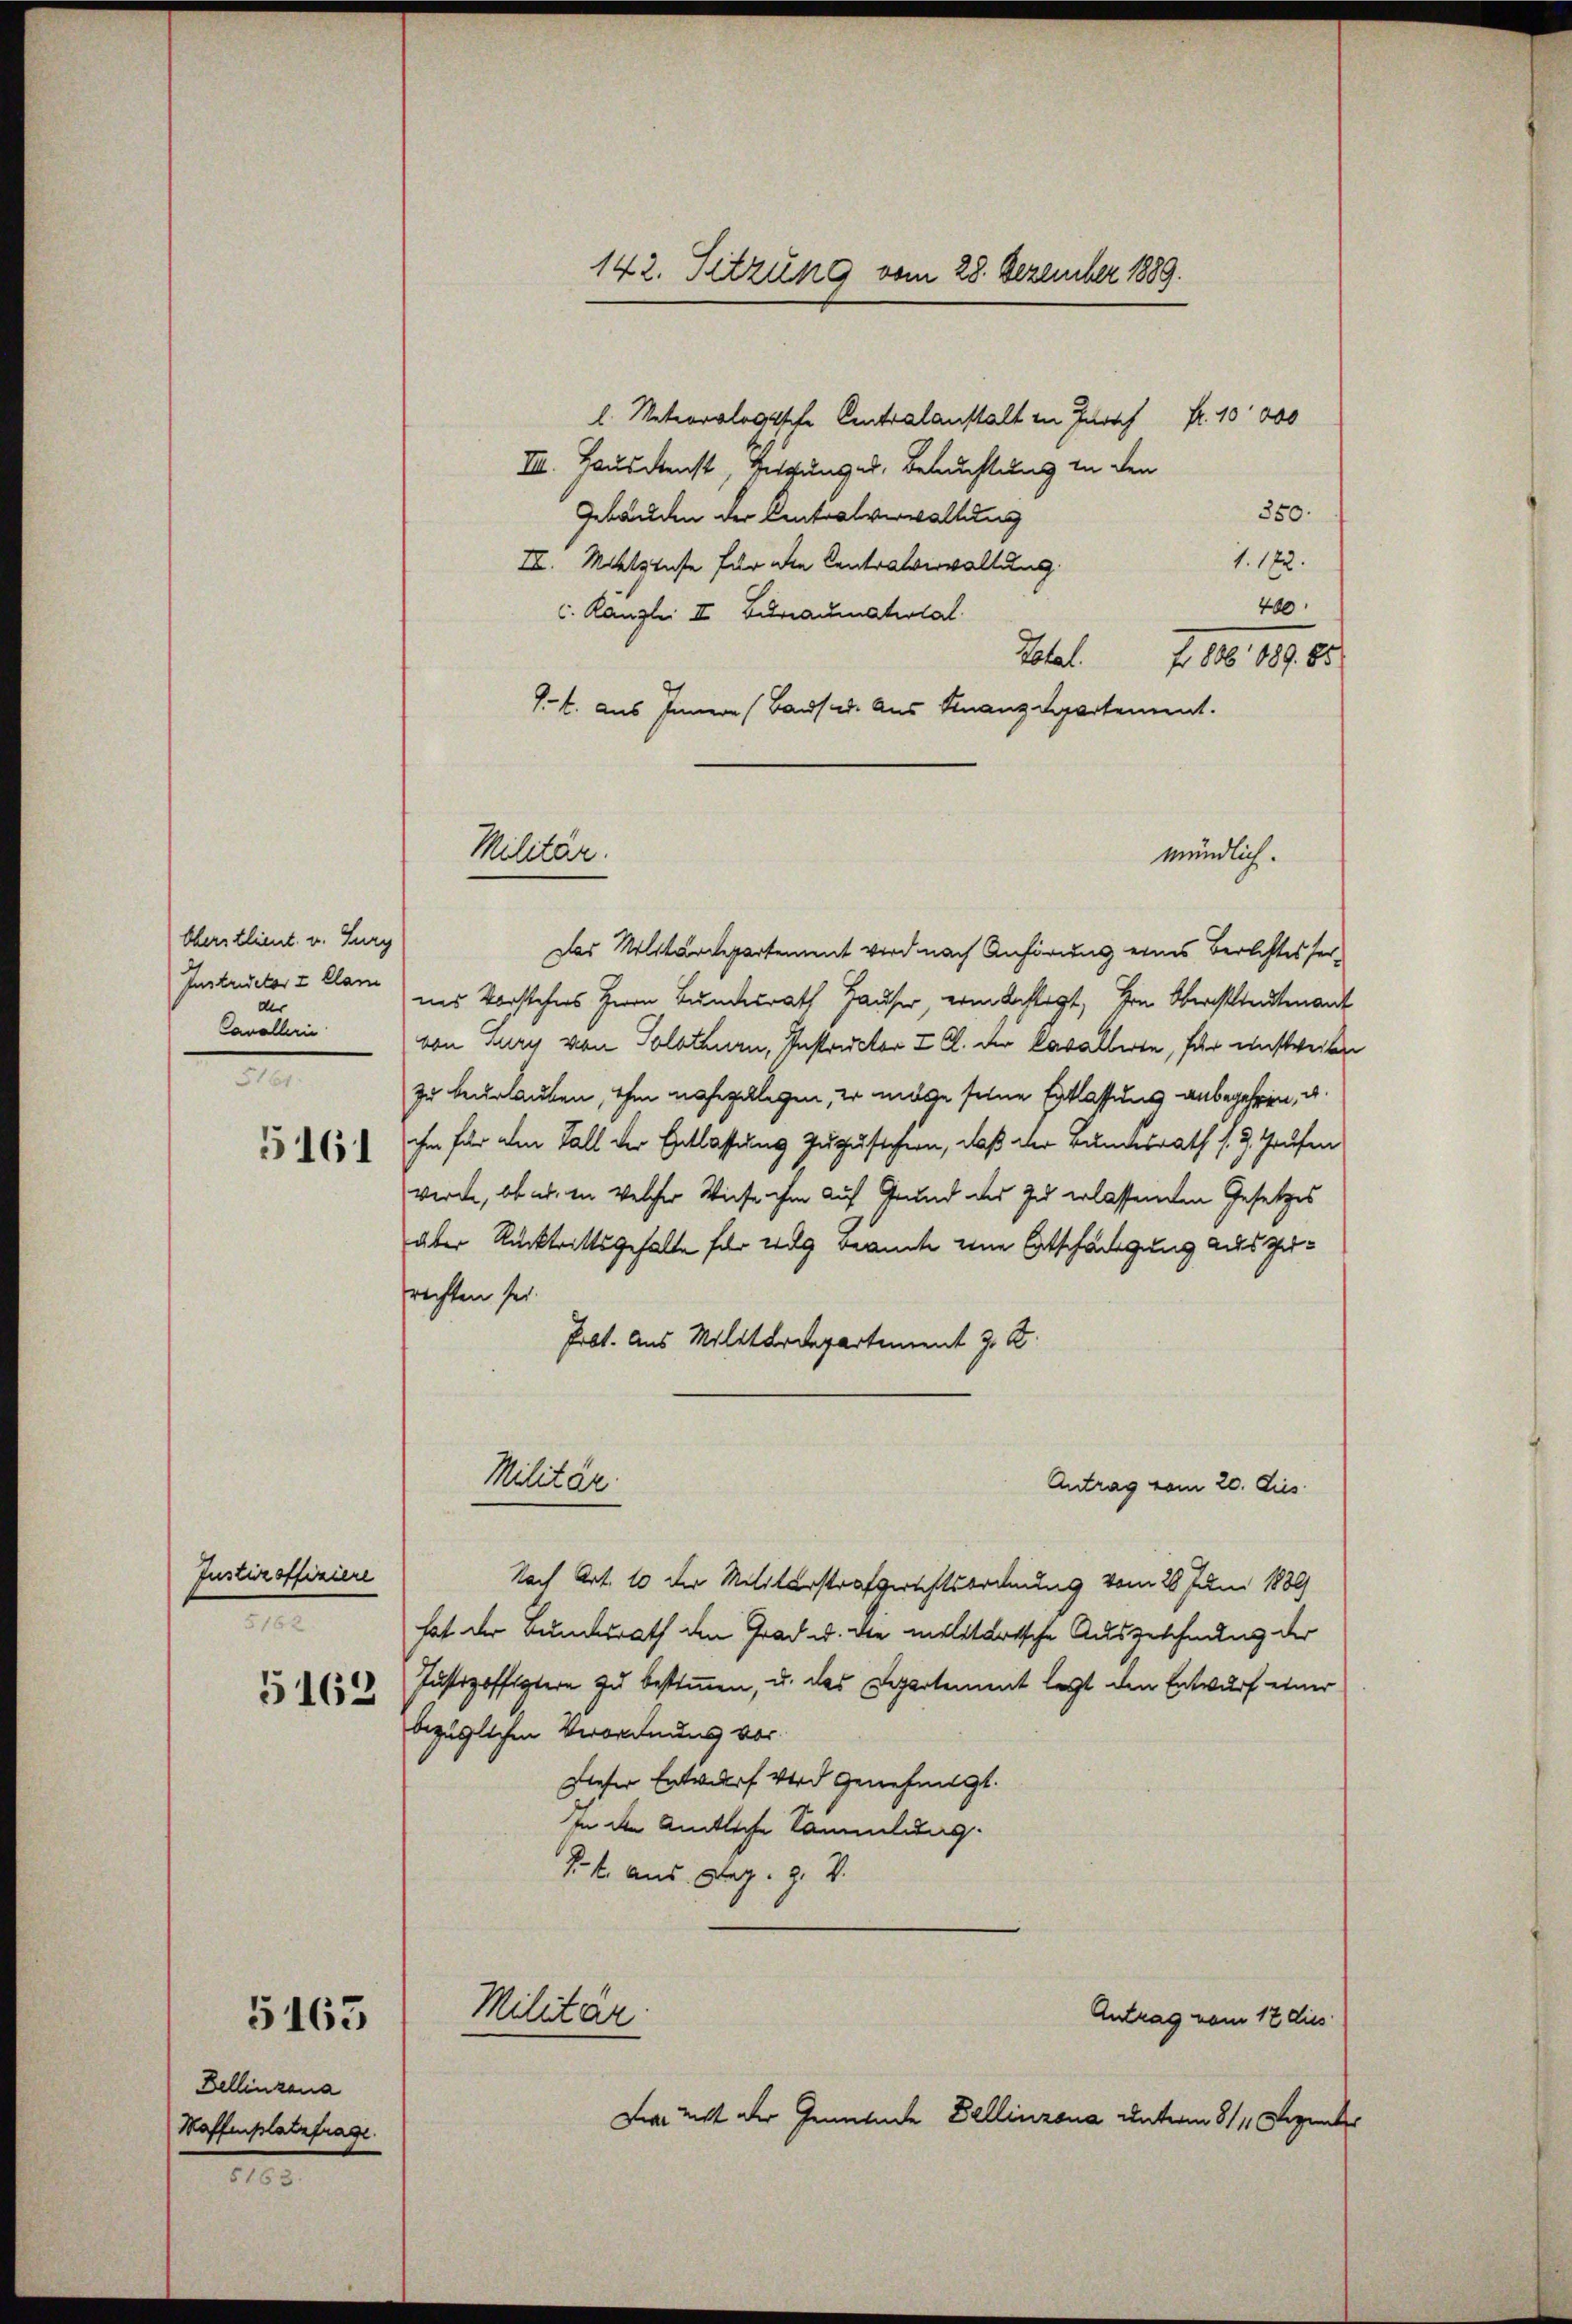
Oberstlieut. v. Surg
Instructor & Clar
der
Cavallen
e

5161

Justizoffiziere
5162.
5162

Bellinzona
Waffenplatzfrage.

5463

1

l. Meteorologische Centralanstalt in Zürich
Fr. 10000
III. Hausdienst Vergung er, Beluchtung in den
350.
Gebäuden der Centralverwaltung
1. 182.
II. Mitzinse für die Centralverwaltung
400
l. Kanzlei III. Beraumatiolal
Total. f. 106. 189. 65
J.. aus Innern (Bausud. Aus Finanzdepartement.
Das Militärdepartement wird nach Anhörung eines Berichtessernes Vorstehers Herrn Bundesrath Hauser, von Achtigt, Hrn. Oberstlieutenant
von May von Solothurn, Instructor I S. der Cavallerte, für unstweilen
zu beurlauben, ihm nahegelegen, er möge seine Entlassung anbegehren, u.
ihm für den Fall der Entlassung zuzustehern, daß der Bundesrath s. 3. Grufen
werde, ob er in welcher Wiese ihm auf Grund des zu erlassenden Gesetzes
aber Rücktrittsgehalte für weg Beamte eine Entschädigung aus zurechten sei.
Prot. Aus Militärdepartement z. B.
Militär.
Antrag vom 20. Dies
Nach Art. 10 der Militärstrafgerichtsordnung vom 26. Juni 1889
hat der Bundesrath den Grad u. die militartsche Ausgeschnung der
Justizoffigern zu bestimmen, u. das Departement legt den Entwurf einer
bezüglichen Verordnung vor.
Dieser Entwurf wird genehmigt.
tn den Amtliche Sammlung.
P. k. aus. Dez. 9. V.
Militar.
Antrag vom 17 dies
Die nicht der Gemeinde Dellinzona unterm 811. Dezember

Militär.

142. Sitzung vom 28. Dezember 1889.

mündlich.